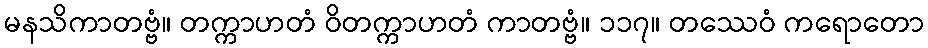
မနသိကာတဗ္ဗံ။ တက္ကာဟတံ ဝိတက္ကာဟတံ ကာတဗ္ဗံ။ ၁၁၇။ တဿေဝံ ကရောတော